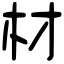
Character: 材